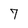
Character: 7